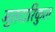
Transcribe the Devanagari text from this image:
मुतदारिकुल